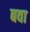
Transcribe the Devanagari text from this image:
बवा